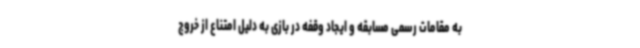
به مقامات رسمی مسابقه و ایجاد وقفه در بازی به دلیل امتناع از خروج